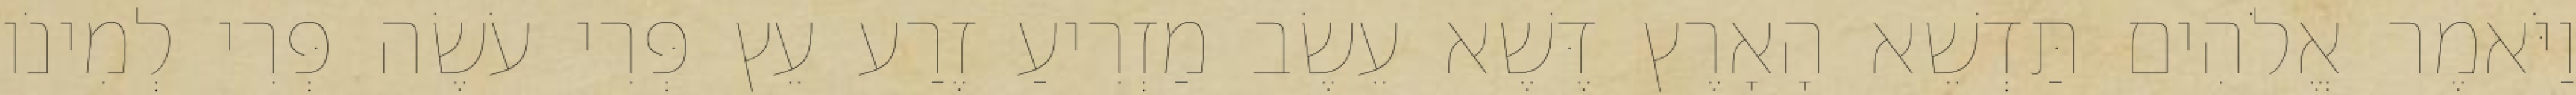
וַיֹּאמֶר אֱלֹהִים תַּדְשֵׁא הָאָרֶץ דֶּשֶׁא עֵשֶׂב מַזְרִיעַ זֶרַע עֵץ פְּרִי עֹשֶׂה פְּרִי לְמִינֹו